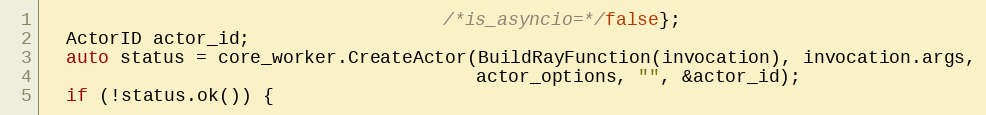
Language: C++
                                     /*is_asyncio=*/false};
  ActorID actor_id;
  auto status = core_worker.CreateActor(BuildRayFunction(invocation), invocation.args,
                                        actor_options, "", &actor_id);
  if (!status.ok()) {